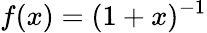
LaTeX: f(x)=(1+x)^{-1}